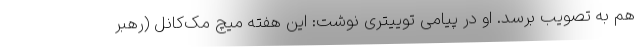
هم به تصویب برسد. او در پیامی توییتری نوشت: این هفته میچ مک‌کانل (رهبر